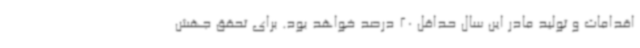
اقدامات و تولید مادر این سال حداقل 20 درصد خواهد بود. برای تحقق جهش